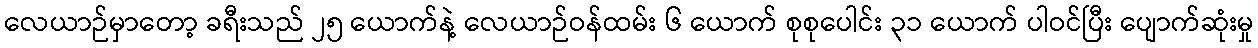
လေယာဉ်မှာတော့ ခရီးသည် ၂၅ ယောက်နဲ့ လေယာဉ်ဝန်ထမ်း ၆ ယောက် စုစုပေါင်း ၃၁ ယောက် ပါဝင်ပြီး ပျောက်ဆုံးမှု